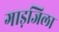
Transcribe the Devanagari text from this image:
गाड़जिला